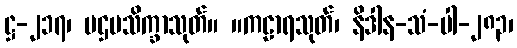
ဋ္ဌ-၂၁၇၊ ပဌမသိက္ခာသုတ်။ ။ကဠာရသုတ်၊ နိဒါန-သံ-ပါ-၂၈၃၊